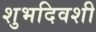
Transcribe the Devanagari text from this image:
शुभदिवशी